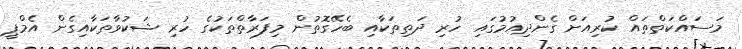
މަސައްކަތްތައް ކުރިއަށް ގެންދިއުމުގައި ހުރި ދަތިތަކާއި ބެހޭގޮތުން މިފަރާތްތަކުގެ ހުރި ޝަކުވާތަކާއިގެން އެމްޕީ